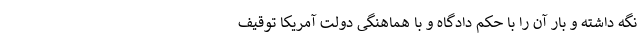
نگه داشته و بار آن را با حکم دادگاه و با هماهنگی دولت آمریکا توقیف